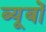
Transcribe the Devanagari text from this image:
ब्यूबों